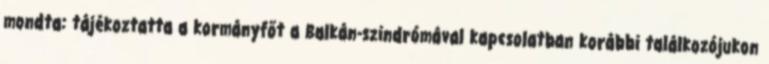
mondta: tájékoztatta a kormányfőt a Balkán-szindrómával kapcsolatban korábbi találkozójukon